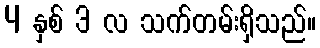
4 နှစ် 3 လ သက်တမ်းရှိသည်။